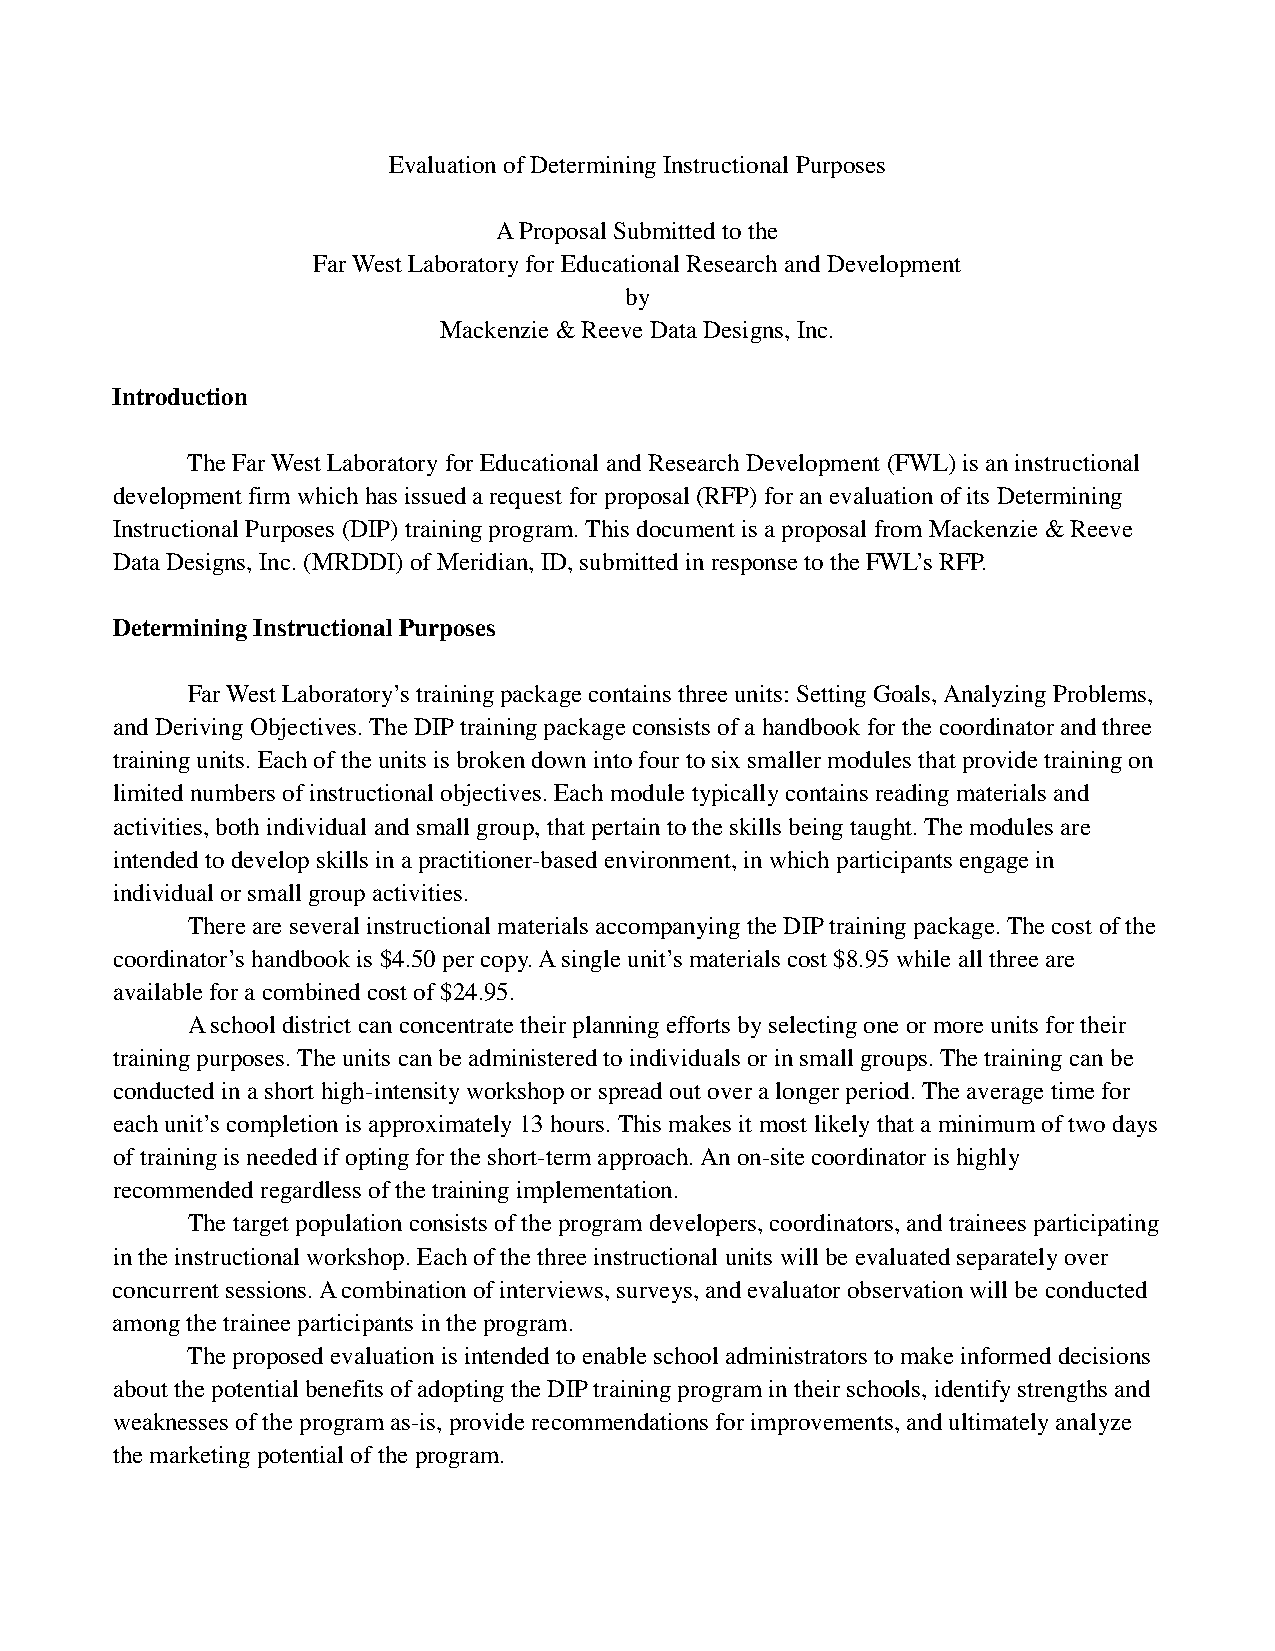
Evaluation of Determining Instructional Purposes
 A Proposal Submitted to the
 Far West Laboratory for Educational Research and Development
 by
 Mackenzie & Reeve Data Designs, Inc.
 Introduction
 The Far West Laboratory for Educational and Research Development (FWL) is an instructional
 development firm which has issued a request for proposal (RFP) for an evaluation of its Determining
 Instructional Purposes (DIP) training program. This document is a proposal from Mackenzie & Reeve
 Data Designs, Inc. (MRDDI) of Meridian, ID, submitted in response to the FWL’s RFP.
 Determining Instructional Purposes
 Far West Laboratory’s training package contains three units: Setting Goals, Analyzing Problems,
 and Deriving Objectives. The DIP training package consists of a handbook for the coordinator and three
 training units. Each of the units is broken down into four to six smaller modules that provide training on
 limited numbers of instructional objectives. Each module typically contains reading materials and
 activities, both individual and small group, that pertain to the skills being taught. The modules are
 intended to develop skills in a practitioner-based environment, in which participants engage in
 individual or small group activities.
 There are several instructional materials accompanying the DIP training package. The cost of the
 coordinator’s handbook is $4.50 per copy. A single unit’s materials cost $8.95 while all three are
 available for a combined cost of $24.95.
 A school district can concentrate their planning efforts by selecting one or more units for their
 training purposes. The units can be administered to individuals or in small groups. The training can be
 conducted in a short high-intensity workshop or spread out over a longer period. The average time for
 each unit’s completion is approximately 13 hours. This makes it most likely that a minimum of two days
 of training is needed if opting for the short-term approach. An on-site coordinator is highly
 recommended regardless of the training implementation.
 The target population consists of the program developers, coordinators, and trainees participating
 in the instructional workshop. Each of the three instructional units will be evaluated separately over
 concurrent sessions. A combination of interviews, surveys, and evaluator observation will be conducted
 among the trainee participants in the program.
 The proposed evaluation is intended to enable school administrators to make informed decisions
 about the potential benefits of adopting the DIP training program in their schools, identify strengths and
 weaknesses of the program as-is, provide recommendations for improvements, and ultimately analyze
 the marketing potential of the program.